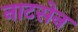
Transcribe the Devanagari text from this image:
नाटसेन